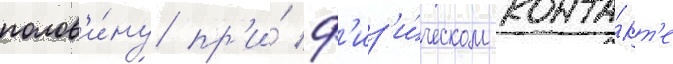
полов'и́ну пр'и́ ф'из'и́ческом конта́кт'е